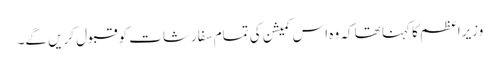
وزیراعظم کا کہنا تھا کہ وہ اس کمیشن کی تمام سفارشات کو قبول کریں گے۔